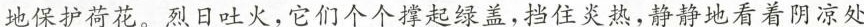
地保护荷花。烈日吐火，它们个个撑起绿盖，挡住炎热，静静地看着阴凉处